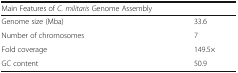
<table><thead><tr><td colspan="2"><b>Main Features of <i>C. militaris</i> Genome Assembly</b></td></tr></thead><tbody><tr><td>Genome size (Mba)</td><td>33.6</td></tr><tr><td>Number of chromosomes</td><td>7</td></tr><tr><td>Fold coverage</td><td>149.5×</td></tr><tr><td>GC content</td><td>50.9</td></tr></tbody></table>